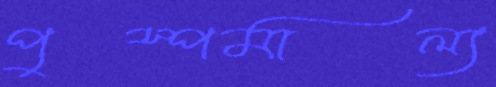
পুস্পমাল্য